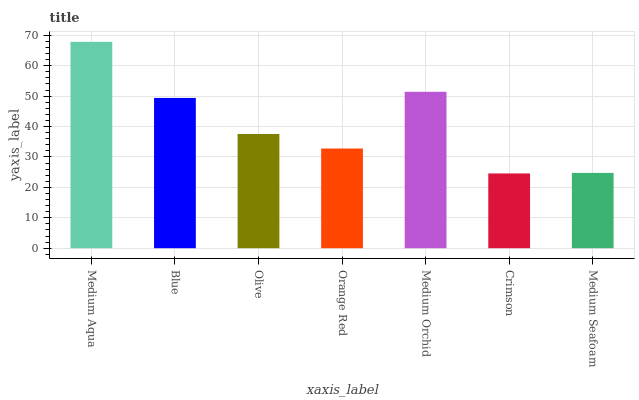
| xaxis_label | bars |
 | --- | --- |
 | Medium Aqua | 67.9 |
 | Blue | 49.4 |
 | Olive | 37.6 |
 | Orange Red | 32.8 |
 | Medium Orchid | 51.4 |
 | Crimson | 24.6 |
 | Medium Seafoam | 24.8 |